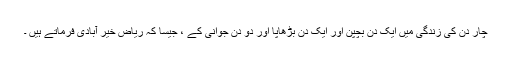
چار دن کی زندگی میں ایک دن بچپن اور ایک دن بڑھاپا اور دو دن جوانی کے ، جیسا کہ ریاض خیر آبادی فرماتے ہیں ۔